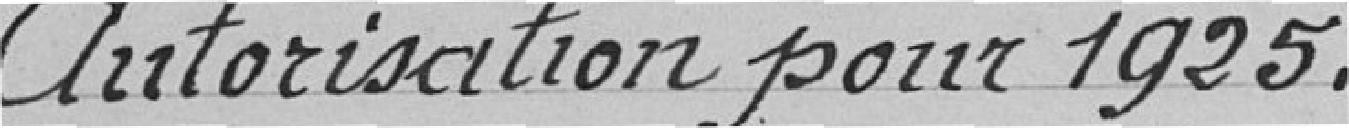
Autorisation pour 19225